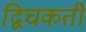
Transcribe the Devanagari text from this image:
द्विचकती